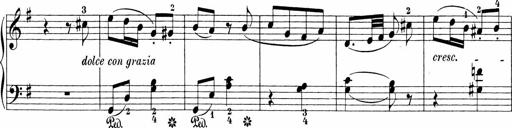
Title: Sonatinen Op.47, 98 und 136, nebst 6 Liedersonatinen
Composer: Carl Reinecke